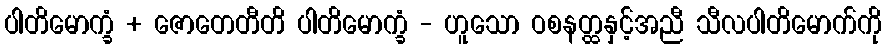
ပါတိမောက္ခံ + ဇောတေတီတိ ပါတိမောက္ခံ - ဟူသော ဝစနတ္ထနှင့်အညီ သီလပါတိမောက်ကို